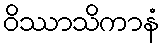
ဝိဿာသိကာနံ